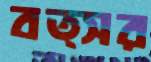
বত্সর